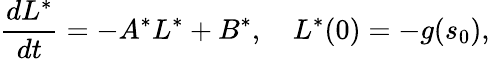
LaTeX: \frac{dL^{*}}{dt}=-A^{*}L^{*}+B^{*},\quad L^{*}(0)=-g(s_{0}),